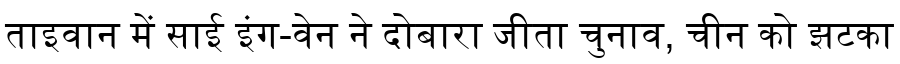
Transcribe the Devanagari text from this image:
ताइवान में साई इंग-वेन ने दोबारा जीता चुनाव, चीन को झटका